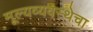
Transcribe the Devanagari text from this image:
मूल्यव्यवस्थेचा